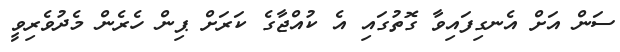
ސަން އަށް އެނގިފައިވާ ގޮތުގައި އެ ކުއްޖާގެ ކަރަށް ޕިން ހެރެން މެދުވެރިވީ